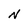
Character: N